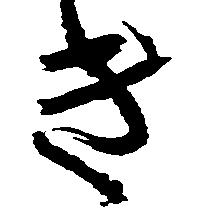
き